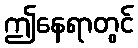
ဤနေရာတွင်